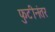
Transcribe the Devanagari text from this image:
फुटीनंतर